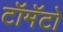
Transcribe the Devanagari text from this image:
टॉमॅटो